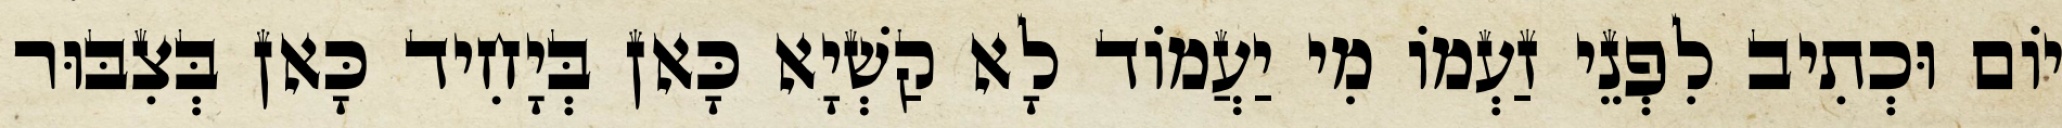
יוֹם וּכְתִיב לִפְנֵי זַעְמוֹ מִי יַעֲמוֹד לָא קַשְׁיָא כָּאן בְּיָחִיד כָּאן בְּצִבּוּר